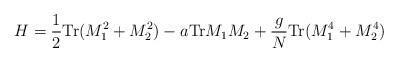
LaTeX: \begin{align*}H = {1\over 2} {\rm Tr} (M_{1}^{2} + M_{2}^{2}) - a {\rm Tr} M_{1}M_{2} + {g\over N} {\rm Tr} (M_{1}^{4} + M_{2}^{4})\end{align*}